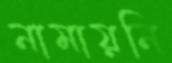
নামায়নি